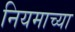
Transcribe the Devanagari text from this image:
नियमाच्या